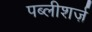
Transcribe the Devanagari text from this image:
पब्लीशर्ज़